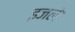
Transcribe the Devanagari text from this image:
इजले